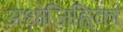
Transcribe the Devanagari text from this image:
अधोजिह्विका